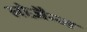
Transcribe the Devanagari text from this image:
लोज़ैन्ज